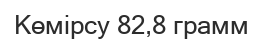
Көмірсу 82,8 грамм